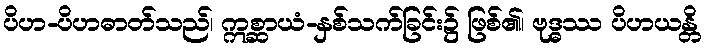
ပိဟ-ပိဟဓာတ်သည်၊ ဣစ္ဆာယံ-နှစ်သက်ခြင်း၌ ဖြစ်၏၊ ဗုဒ္ဓဿ ပိဟယန္တိ